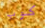
كوب